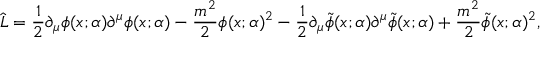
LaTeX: \widehat { L } = \frac { 1 } { 2 } \partial _ { \mu } \phi ( x ; \alpha ) \partial ^ { \mu } \phi ( x ; \alpha ) - \frac { m ^ { 2 } } { 2 } \phi ( x ; \alpha ) ^ { 2 } - \frac { 1 } { 2 } \partial _ { \mu } \widetilde { \phi } ( x ; \alpha ) \partial ^ { \mu } \widetilde { \phi } ( x ; \alpha ) + \frac { m ^ { 2 } } { 2 } \widetilde { \phi } ( x ; \alpha ) ^ { 2 } ,